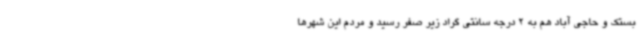
بستک و حاجی آباد هم به 2 درجه سانتی گراد زیر صفر رسید و مردم این شهرها